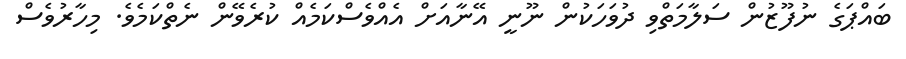
ބައްޕަގެ ނުފޫޒުން ސަލާމަތްވި ދުވަހަކުން ނޫނީ އޭނާއަށް އެއްވެސްކަމެއް ކުރެވޭން ނެތްކަމެވެ. މިހާރުވެސް